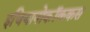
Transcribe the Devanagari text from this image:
इचियानोकॉककस